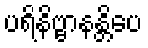
ပရိနိဗ္ဗာနန္တိပေ